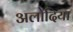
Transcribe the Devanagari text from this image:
अलोदिया